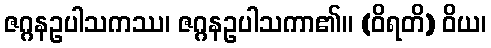
ဇဂ္ဂနဥပါသကဿ၊ ဇဂ္ဂနဥပါသကာ၏။ (ဝိရတိ) ဝိယ၊